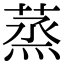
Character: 蒸